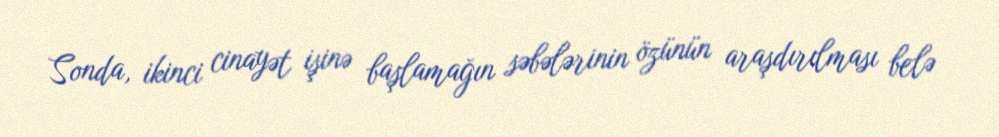
Sonda, ikinci cinayət işinə başlamağın səbələrinin özünün araşdırılması belə